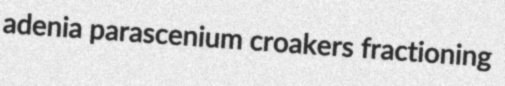
adenia parascenium croakers fractioning